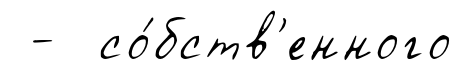
- со́бств'енного